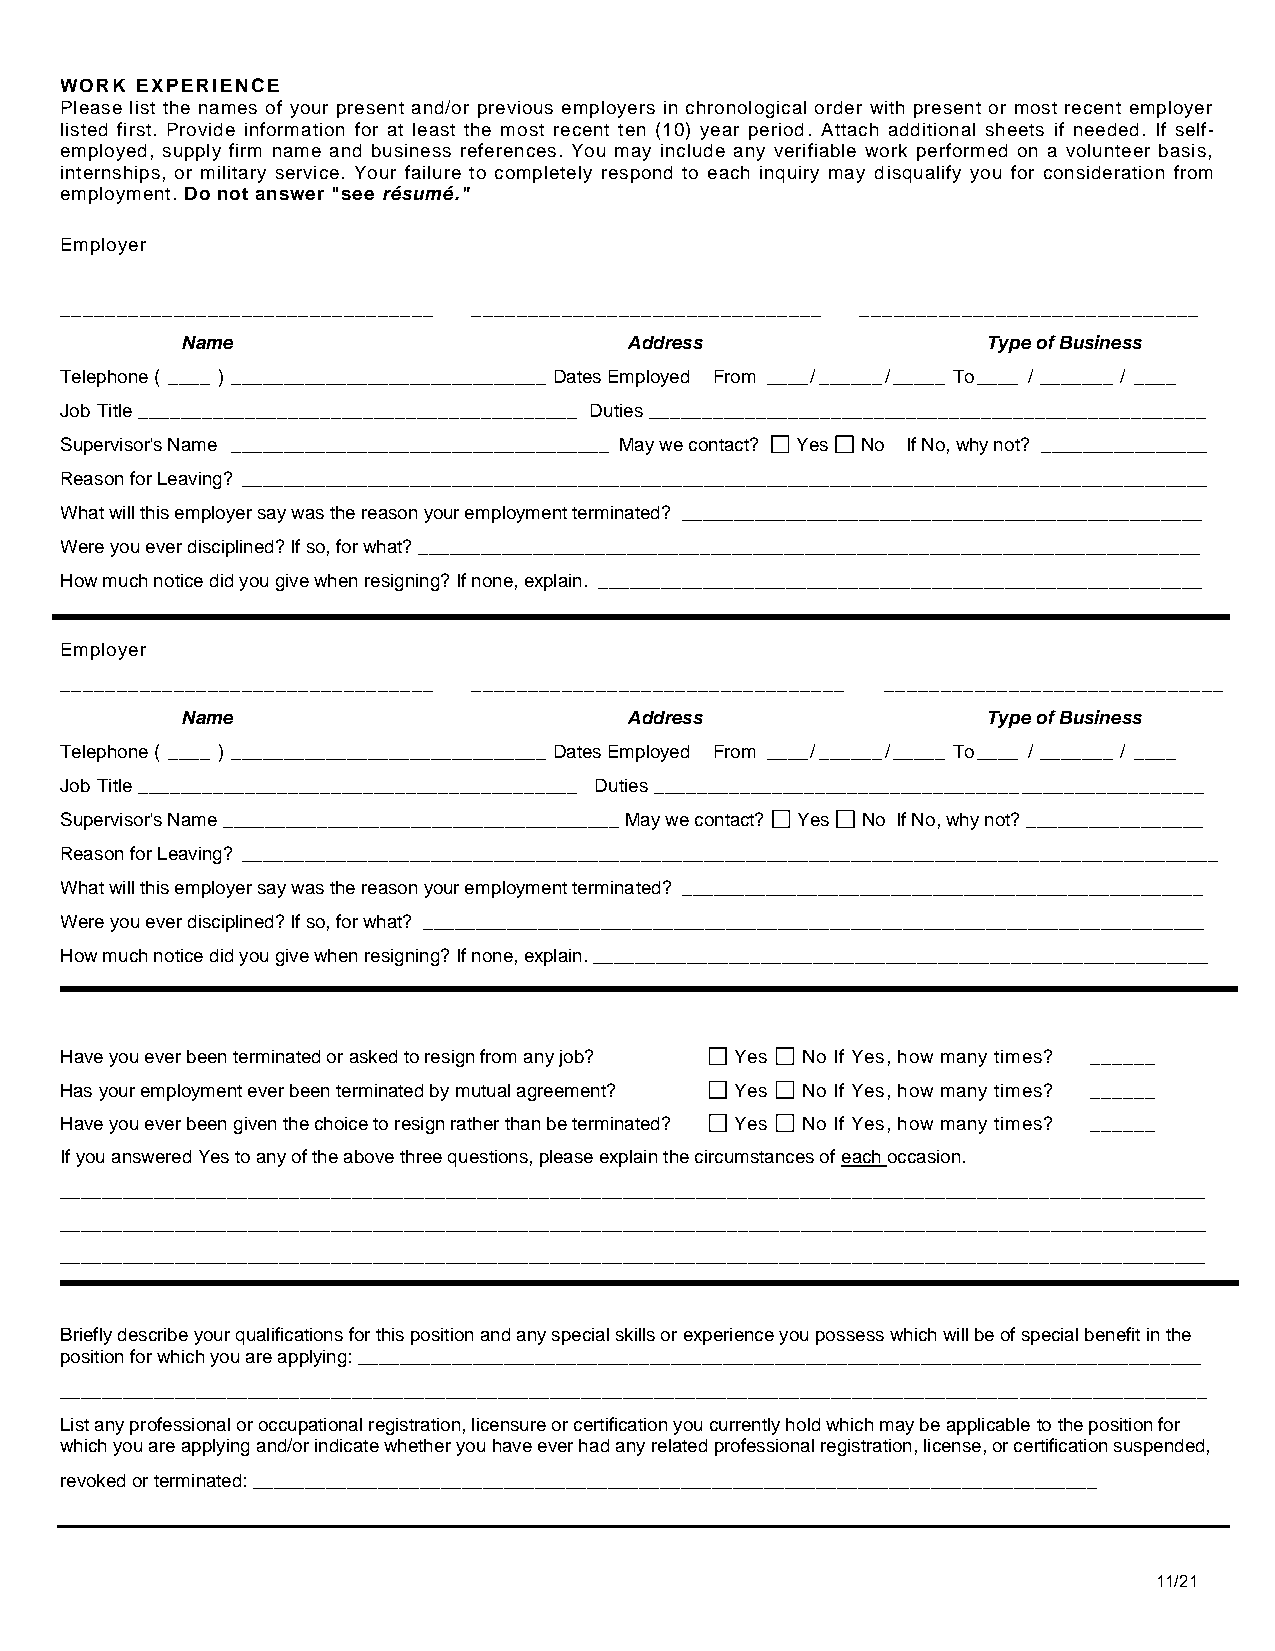
WORK EXPERIENCE
 Please list the names of your present and/or previous employers in chronological order with present or most recent employer
 listed first. Provide information for at least the most recent ten (10) year period. Attach additional sheets if needed. If self-
 employed, supply firm name and business references. You may include any verifiable work performed on a volunteer basis,
 internships, or military service. Your failure to completely respond to each inquiry may disqualify you for consideration from
 employment. Do not answer "see résumé."
 Employer
 _________________________________ _______________________________ ______________________________
 Name                          Address                Type of Business
 Telephone ( ____ ) ______________________________ Dates Employed From ____ / ______ / _____ To ____ / _______ / ____
 Job Title _________________________________________ Duties ____________________________________________________
 Supervisor's Name ____________________________________ May we contact? Yes No If No, why not? ________________
 Reason for Leaving? ____________________________________________________________________________________________
 What will this employer say was the reason your employment terminated? __________________________________________________
 Were you ever disciplined? If so, for what? ___________________________________________________________________________
 How much notice did you give when resigning? If none, explain. __________________________________________________________
 Employer
 _________________________________ _________________________________ ______________________________
 Name                          Address                Type of Business
 Telephone ( ____ ) ______________________________ Dates Employed From ____ / ______ / _____ To ____ / _______ / ____
 Job Title _________________________________________ Duties ___________________________________________________
 Supervisor's Name ______________________________________ May we contact? Yes No If No, why not? _________________
 Reason for Leaving? _____________________________________________________________________________________________
 What will this employer say was the reason your employment terminated? __________________________________________________
 Were you ever disciplined? If so, for what? ___________________________________________________________________________
 How much notice did you give when resigning? If none, explain. ___________________________________________________________
 Have you ever been terminated or asked to resign from any job? Yes No If Yes, how many times? ______
 Has your employment ever been terminated by mutual agreement? Yes No If Yes, how many times? ______
 Have you ever been given the choice to resign rather than be terminated? Yes No If Yes, how many times? ______
 If you answered Yes to any of the above three questions, please explain the circumstances of each occasion.
 ______________________________________________________________________________________________________________
 ______________________________________________________________________________________________________________
 ______________________________________________________________________________________________________________
 Briefly describe your qualifications for this position and any special skills or experience you possess which will be of special benefit in the
 position for which you are applying: _________________________________________________________________________________
 ______________________________________________________________________________________________________________
 List any professional or occupational registration, licensure or certification you currently hold which may be applicable to the position for
 which you are applying and/or indicate whether you have ever had any related professional registration, license, or certification suspended,
 revoked or terminated: _________________________________________________________________________________
 11/21